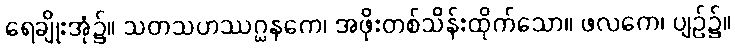
ရေချိုးအုံ၌။ သတသဟဿဂ္ဃနကေ၊ အဖိုးတစ်သိန်းထိုက်သော။ ဖလကေ၊ ပျဉ်၌။